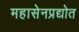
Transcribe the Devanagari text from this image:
महासेनप्रद्योत